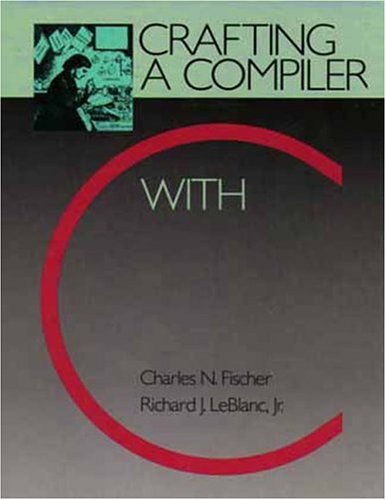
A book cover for Crafting a Compiler with C; Charles N. Fischer; Computers & Technology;